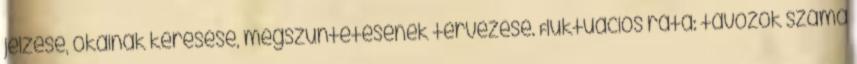
jelzése, okainak keresése, megszüntetésének tervezése. Fluktuációs ráta: távozók száma